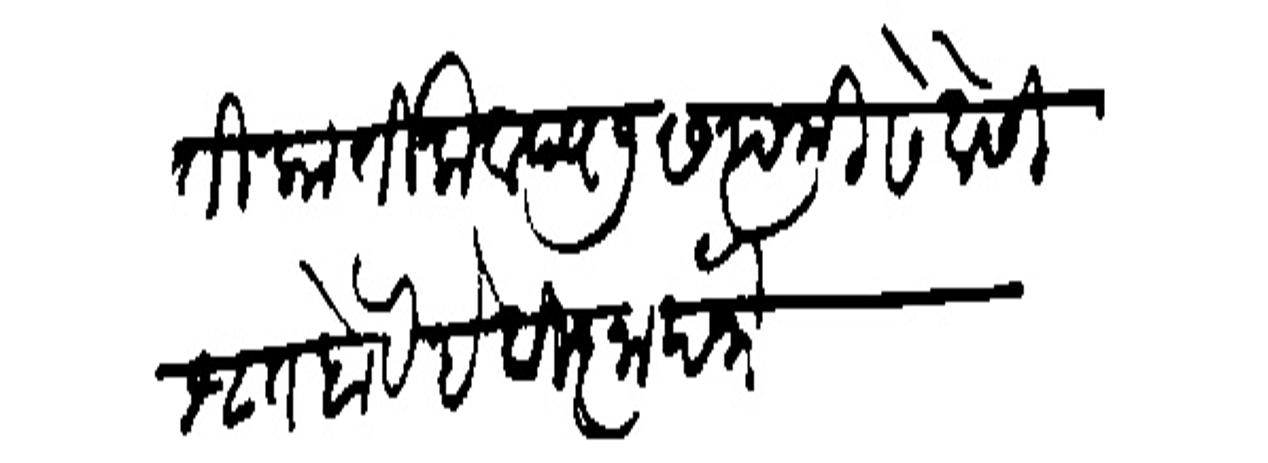
Transliteration (Devanagari): मिति कालिक वद्य ७ सप्तमी सेवेसी श्रुत होये है विज्ञापना